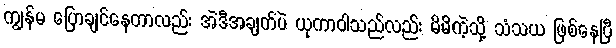
ကျွန်မ ပြောချင်နေတာလည်း အဲဒီအချက်ပဲ ယုကာဝါသည်လည်း မိမိကဲ့သို့ သံသယ ဖြစ်နေပြီ